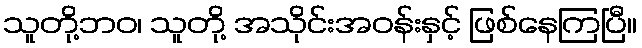
သူတို့ဘဝ၊ သူတို့ အသိုင်းအဝန်းနှင့် ဖြစ်နေကြပြီ။